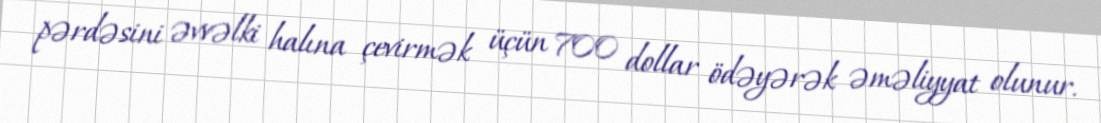
pərdəsini əvvəlki halına çevirmək üçün 700 dollar ödəyərək əməliyyat olunur.